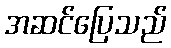
အဆင်ပြေသည်